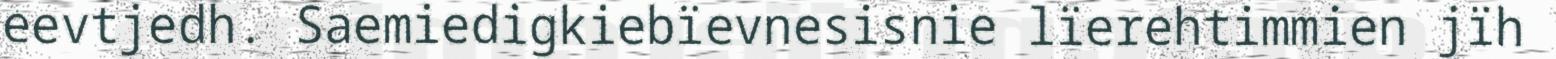
eevtjedh. Saemiedigkiebïevnesisnie lïerehtimmien jïh